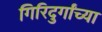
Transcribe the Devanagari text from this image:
गिरिदुर्गांच्या